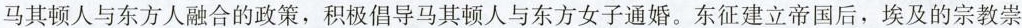
马其顿人与东方人融合的政策，积极倡导马其顿人与东方女子通婚。东征建立帝国后，埃及的宗教崇